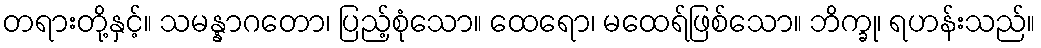
တရားတို့နှင့်။ သမန္နာဂတော၊ ပြည့်စုံသော။ ထေရော၊ မထေရ်ဖြစ်သော။ ဘိက္ခု၊ ရဟန်းသည်။